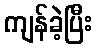
ကျန်ခဲ့ပြီး